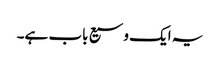
یہ ایک وسیع باب ہے۔